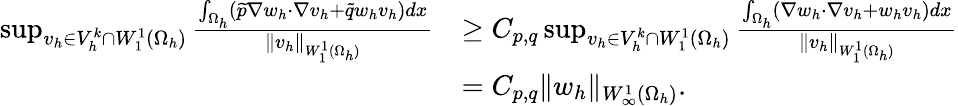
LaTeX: \begin{array}{rl}{\operatorname*{sup}_{v_{h}\in V_{h}^{k}\cap W_{1}^{1}(\Omega_{h})}\frac{\int_{\Omega_{h}}\left(\widetilde p\nabla w_{h}\cdot\nabla v_{h}+\widetilde qw_{h}v_{h}\right)dx}{\| v_{h}\| _{W_{1}^{1}(\Omega_{h})}}}&{\geq C_{p,q}\operatorname*{sup}_{v_{h}\in V_{h}^{k}\cap W_{1}^{1}(\Omega_{h})}\frac{\int_{\Omega_{h}}\left(\nabla w_{h}\cdot\nabla v_{h}+w_{h}v_{h}\right)dx}{\| v_{h}\| _{W_{1}^{1}(\Omega_{h})}}}\\ &{=C_{p,q}\| w_{h}\| _{W_{\infty}^{1}(\Omega_{h})}.}\end{array}